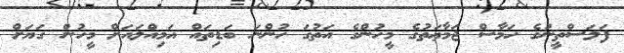
ފަލަސްތީނުގެ ހަމާސް ޖަމާޢަތުގެ މީހުންގެ އަތުގަ ހުންނަ ބަޑިތައް އަމިއްލައަށް މީހުން ގަޔަށް